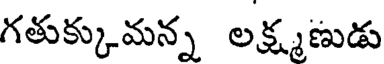
గతుక్కుమన్న లక్ష్మణుడు